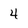
Character: 4